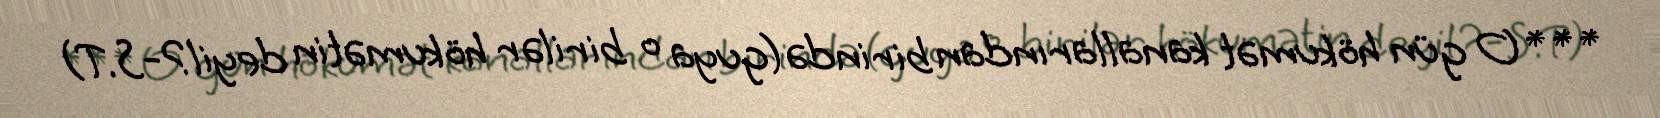
*** O gün hökumət kanallarından birində(guya o birilər hökumətin deyil?-S.T)